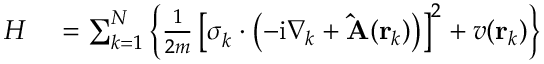
\begin{array} { r l } { H } & { { } = \sum _ { k = 1 } ^ { N } \left\{ \frac { 1 } { 2 m } \left[ \boldsymbol { \sigma } _ { k } \cdot \left( - \mathrm { i } \nabla _ { k } + \mathbf { \hat { A } } ( \mathbf { r } _ { k } ) \right) \right] ^ { 2 } + v ( \mathbf { r } _ { k } ) \right\} } \end{array}